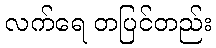
လက်ရေ တပြင်တည်း